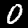
Digit: 0